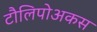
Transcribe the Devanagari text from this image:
टौलिपोअकस